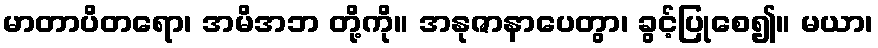
မာတာပိတရော၊ အမိအဘ တို့ကို။ အနုဇာနာပေတွာ၊ ခွင့်ပြုစေ၍။ မယာ၊